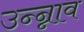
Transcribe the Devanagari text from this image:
उन्न्नाव